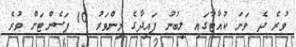
ވުރެ ދެ ވަނަ ކުއާޓާގައި ލިބުނު ފައިދާގެ މިންވަރު 10 ޕަސެންޓަށް ވުރެ